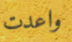
واعدت